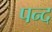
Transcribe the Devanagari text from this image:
पन्द